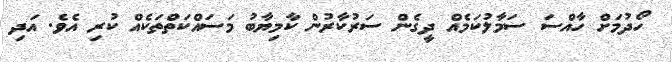
ހޯދުމަށް ހާއްސަ ސަމާލުކަމެއް ދީގެން ސަރުކާރުން ކާމިޔާބު މަަސައްކަތްތަކެއް ކުރި އެވެ. އަދި